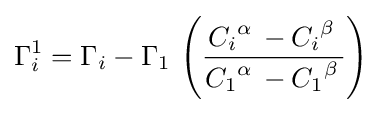
\Gamma _{i}^{1}=\Gamma _{i}-\Gamma _{1}\,\left({\frac {{C_{i}}^{\alpha }\,-{C_{i}}^{\beta }\,}{{C_{1}}^{\alpha }\,-{C_{1}}^{\beta }\,}}\right)